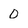
Character: 0